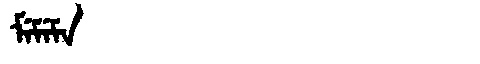
Manchu: ᠮᡝᠮᡝᠮᠠ
Romanization: MEMEMA